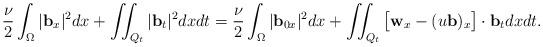
LaTeX: \begin{align*} &\frac{\nu}{2}\int_\Omega|\mathbf{b}_{x}|^2dx+ \iint_{Q_t} |\mathbf{b}_t|^2 dxdt =\frac{\nu}{2}\int_\Omega|\mathbf{b}_{0x}|^2dx+\iint_{Q_t} \big[\mathbf{w}_x - (u\mathbf{b})_{x}\big]\cdot\mathbf{b}_t dxdt. \\ \end{align*}